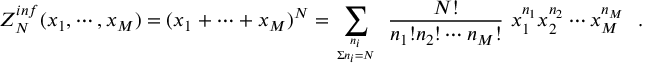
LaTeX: Z _ { N } ^ { i n f } ( x _ { 1 } , \cdots , x _ { M } ) = ( x _ { 1 } + \cdots + x _ { M } ) ^ { N } = \sum _ { { n _ { i } } \atop { \Sigma n _ { i } = N } } ~ { \frac { N ! } { n _ { 1 } ! n _ { 2 } ! \cdots n _ { M } ! } } ~ x _ { 1 } ^ { n _ { 1 } } x _ { 2 } ^ { n _ { 2 } } \cdots x _ { M } ^ { n _ { M } } \, \, \, \, .